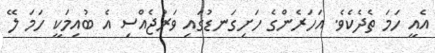
އެއީ ހަމަ ތެދެކެވެ. އަހަރެންގެ ހަށިގަނޑުގައި ވަރުޖެއްސި އެ ބުއިމަކީ ހަމަ ލޭ